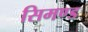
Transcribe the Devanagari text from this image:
सिमण्ड